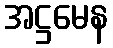
အဋ္ဌမေန